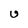
Character: U